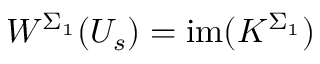
W ^ { \Sigma _ { 1 } } ( U _ { s } ) = \mathrm { i m } ( K ^ { \Sigma _ { 1 } } )